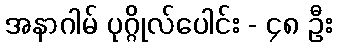
အနာဂါမ် ပုဂ္ဂိုလ်ပေါင်း - ၄၈ ဦး